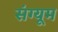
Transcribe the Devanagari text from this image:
संग्यूम